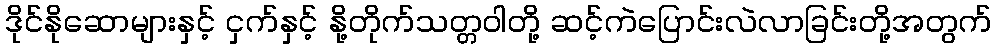
ဒိုင်နိုဆောများနှင့် ငှက်နှင့် နို့တိုက်သတ္တဝါတို့ ဆင့်ကဲပြောင်းလဲလာခြင်းတို့အတွက်